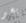
بخير